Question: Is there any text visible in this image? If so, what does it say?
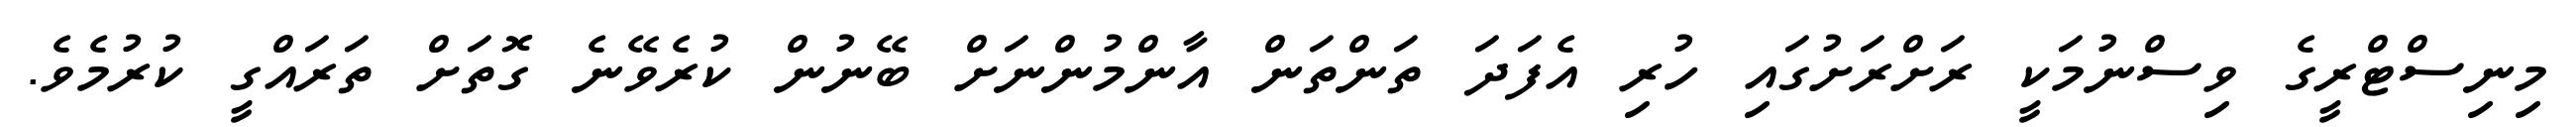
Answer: މިނިސްޓްރީގެ ވިސްނުމަކީ ރަށްރަށުގައި ހުރި އެފަދަ ތަންތަން އާންމުންނަށް ބޭނުން ކުރެވޭނެ ގޮތަށް ތަރައްގީ ކުރުމެވެ.